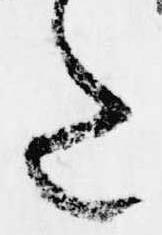
た